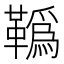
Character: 𩍇